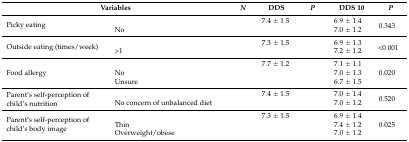
<table><thead><tr><td colspan="2"><b>Variables</b></td><td><b><i>N</i></b></td><td><b>DDS</b></td><td><b><i>P</i></b></td><td><b>DDS 10</b></td><td><b><i>P</i></b></td></tr></thead><tbody><tr><td rowspan="2">Picky eating</td><td>[EMPTY_CELL]</td><td>[EMPTY_CELL]</td><td>7.4 ± 1.5</td><td rowspan="2">[EMPTY_CELL]</td><td>6.9 ± 1.4</td><td rowspan="2">0.343</td></tr><tr><td>No</td><td>[EMPTY_CELL]</td><td>[EMPTY_CELL]</td><td>7.0 ± 1.2</td></tr><tr><td rowspan="2">Outside eating (times/week)</td><td>[EMPTY_CELL]</td><td>[EMPTY_CELL]</td><td>7.3 ± 1.5</td><td rowspan="2">[EMPTY_CELL]</td><td>6.9 ± 1.3</td><td rowspan="2">&lt;0.001</td></tr><tr><td>&gt;1</td><td>[EMPTY_CELL]</td><td>[EMPTY_CELL]</td><td>7.2 ± 1.2</td></tr><tr><td rowspan="3">Food allergy</td><td>[EMPTY_CELL]</td><td>[EMPTY_CELL]</td><td>7.7 ± 1.2</td><td rowspan="3">[EMPTY_CELL]</td><td>7.1 ± 1.1</td><td rowspan="3">0.020</td></tr><tr><td>No</td><td>[EMPTY_CELL]</td><td>[EMPTY_CELL]</td><td>7.0 ± 1.3</td></tr><tr><td>Unsure</td><td>[EMPTY_CELL]</td><td>[EMPTY_CELL]</td><td>6.7 ± 1.5</td></tr><tr><td rowspan="2">Parent’s self-perception of child’s nutrition</td><td>[EMPTY_CELL]</td><td>[EMPTY_CELL]</td><td>7.4 ± 1.5</td><td rowspan="2">[EMPTY_CELL]</td><td>7.0 ± 1.4</td><td rowspan="2">0.520</td></tr><tr><td>No concern of unbalanced diet</td><td>[EMPTY_CELL]</td><td>[EMPTY_CELL]</td><td>7.0 ± 1.2</td></tr><tr><td rowspan="3">Parent’s self-perception of child’s body image</td><td>[EMPTY_CELL]</td><td>[EMPTY_CELL]</td><td>7.3 ± 1.5</td><td rowspan="3">[EMPTY_CELL]</td><td>6.9 ± 1.4</td><td rowspan="3">0.025</td></tr><tr><td>Thin</td><td>[EMPTY_CELL]</td><td>[EMPTY_CELL]</td><td>7.4 ± 1.2</td></tr><tr><td>Overweight/obese</td><td>[EMPTY_CELL]</td><td>[EMPTY_CELL]</td><td>7.0 ± 1.2</td></tr></tbody></table>